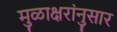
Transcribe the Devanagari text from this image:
मुळाक्षरांनुसार